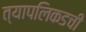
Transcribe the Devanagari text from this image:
त्यापलिकडची